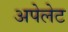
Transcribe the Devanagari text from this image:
अपेलेट